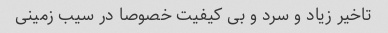
تاخیر زیاد و سرد و بی کیفیت خصوصا در سیب زمینی